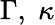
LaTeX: \Gamma,\; \kappa